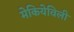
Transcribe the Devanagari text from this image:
मेकियेविली